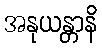
အနုယန္တာနိ